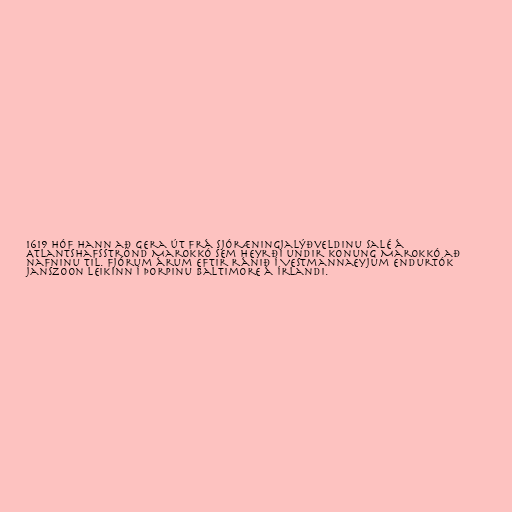
1619 hóf hann að gera út frá sjóræningjalýðveldinu Salé á
Atlantshafsströnd Marokkó sem heyrði undir konung Marokkó að
nafninu til. Fjórum árum eftir ránið í Vestmannaeyjum endurtók
Janszoon leikinn í þorpinu Baltimore á Írlandi.